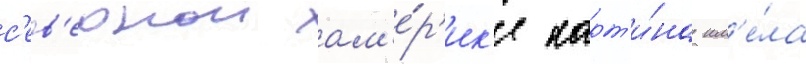
с'ев'ернои ам'е́р'ик'е карт'и́на им'е́ла